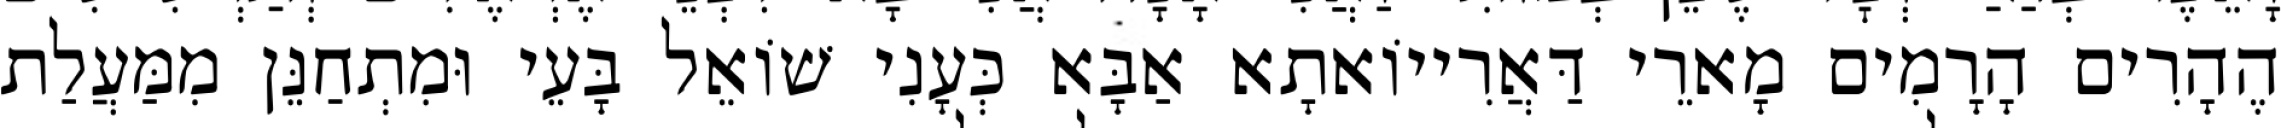
הֶהָרִים הָרָמִים מָארֵי דַּאֲרִייוֹאתָא אַבָּא כְּעָנִי שׁוֹאֵל בָּעֵי וּמִתְחַנֵּן מִמַּעֲלַת